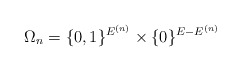
\begin{align*}\Omega_{n}=\{0,1\}^{E^{(n)}}\times\{0\}^{E-E^{(n)}}\end{align*}